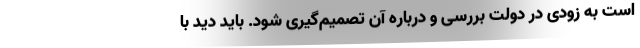
است به زودی در دولت بررسی و درباره آن تصمیم‌گیری شود. باید دید با